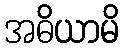
အဓိယာမိ